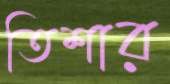
তিশার